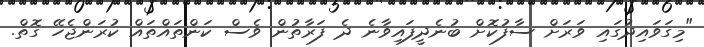
"މިގަވައިދުގައި ވަރަށް ސާފުކޮށް ބުނެދީފައިވާނެ ދެ ފަރާތުން ވެސް ކަންތައްތައް ކުރަންޖެހޭ ގޮތް.